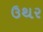
ઉથર